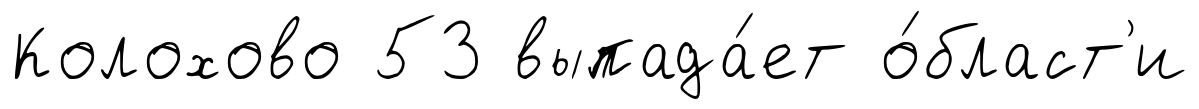
Колохово 53 выпада́ет о́бласт'и